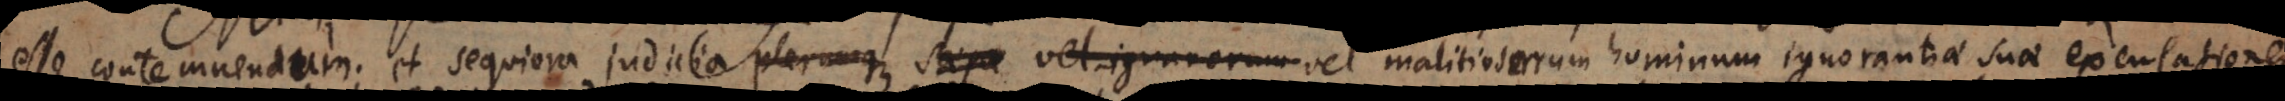
emnendum; et sequiora judicia plerumque saepe vel ignarorum vel malitiosorum hominum ignorantiae suae excusationem